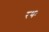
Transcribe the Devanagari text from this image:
रथः